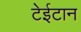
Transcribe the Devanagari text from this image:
टेईटान